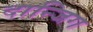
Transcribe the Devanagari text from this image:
दान्जिग